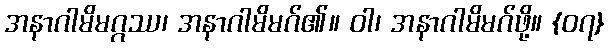
အနာဂါမိမဂ္ဂဿ၊ အနာဂါမိမဂ်၏။ ဝါ၊ အနာဂါမိမဂ်ဖို့။ {၀၇}